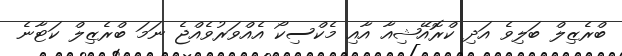
ބްރެޒިލް ބަލިވެ އަދި ކްރޮއޭޝިއާ އާއި މެކްސިކޯ އެއްވަރުވެއްޖެ ނަމަ ބްރެޒިލް ކަޓާނެ